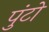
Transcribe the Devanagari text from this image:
पुंटो